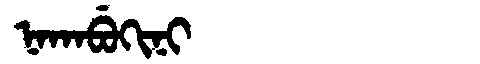
Manchu: ᠨᠠᡴᠠᠪᡠᡴᡳᠨᡳ
Romanization: NAKABUKINI